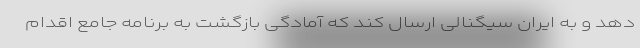
دهد و به ایران سیگنالی ارسال کند که آمادگی بازگشت به برنامه جامع اقدام